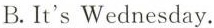
B.It's Wednesday.